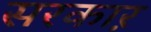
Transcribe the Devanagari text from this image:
सरकाऱ